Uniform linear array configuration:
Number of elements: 12
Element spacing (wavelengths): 0.5
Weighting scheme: binomial
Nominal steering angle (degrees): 60
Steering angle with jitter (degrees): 61.018
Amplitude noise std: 0.05
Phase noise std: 0.05

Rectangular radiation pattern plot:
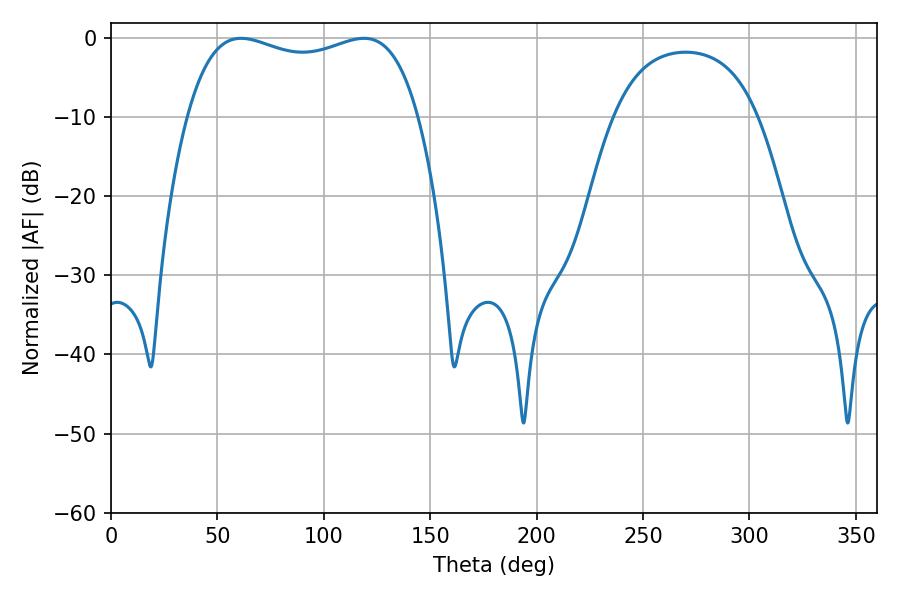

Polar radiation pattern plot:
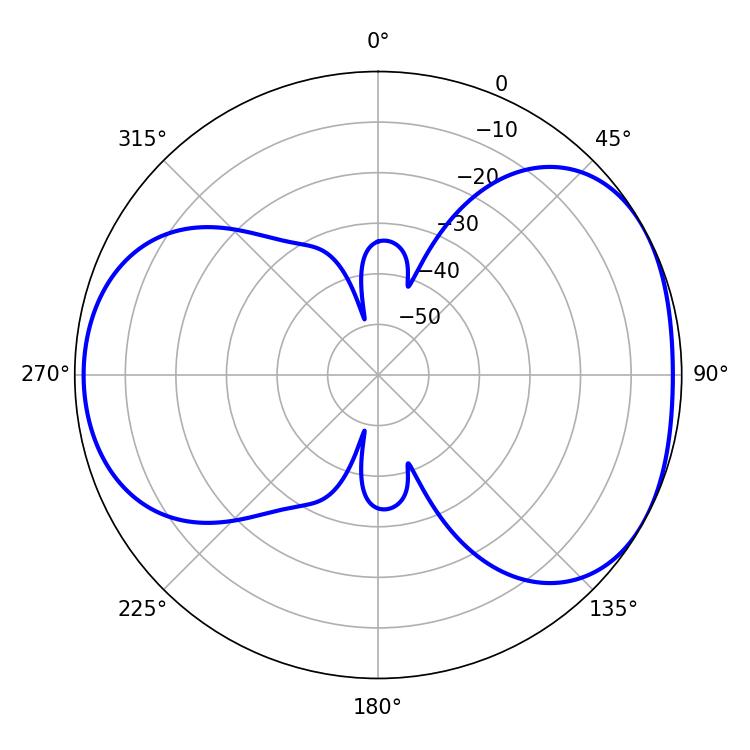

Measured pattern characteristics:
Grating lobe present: FALSE
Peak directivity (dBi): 4.588
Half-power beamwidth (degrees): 88.56
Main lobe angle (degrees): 61.2